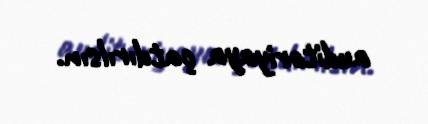
auditoriyaya çatdırılsın.